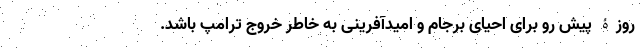
روزۀ پیش رو برای احیای برجام و امیدآفرینی به خاطر خروج ترامپ باشد.